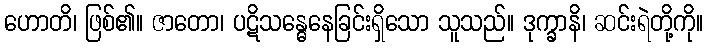
ဟောတိ၊ ဖြစ်၏။ ဇာတော၊ ပဋိသန္ဓေနေခြင်းရှိသော သူသည်။ ဒုက္ခာနိ၊ ဆင်းရဲတို့ကို။